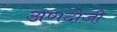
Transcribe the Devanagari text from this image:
अणदोजी